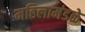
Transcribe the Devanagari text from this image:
महिलामंडळे